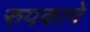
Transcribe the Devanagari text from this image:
रुपकाचे